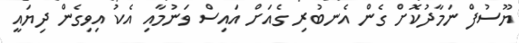
ޔޫސުފް ނަމާދުކޮށް ގެން އެނބުރި ގެއަށް އައިސް ވަނުމާއި އެކު އިވިގެން ދިޔައީ